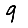
Digit: 9